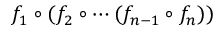
f _ { 1 } \circ ( f _ { 2 } \circ \cdots ( f _ { n - 1 } \circ f _ { n } ) )